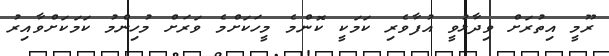
ރޫމީ އިތުރަށް ވިދާޅުވީ އުފާވެރި ކަމަކީ ކޮންމެ މީހަކަށްމެ ވަރަށް މުހިންމު ކަމަކަށްވާއިރު